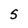
Character: 5